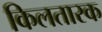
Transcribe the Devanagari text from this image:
किलतारक